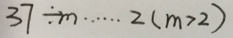
3 7 \div m \cdots 2 ( m > 2 )